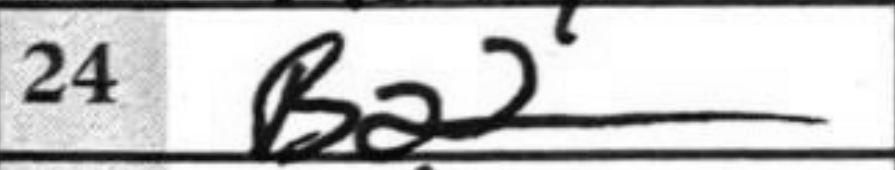
Transcription: Ba2